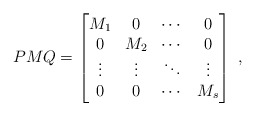
\begin{align*} P M Q = \begin{bmatrix} M_1 & 0 & \cdots & 0 \\ 0 & M_2 & \cdots & 0 \\ \vdots & \vdots & \ddots & \vdots \\ 0 & 0 & \cdots & M_s \end{bmatrix}\,\,,\end{align*}